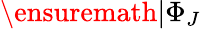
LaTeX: {\ensuremath{|\Phi_{J}}}